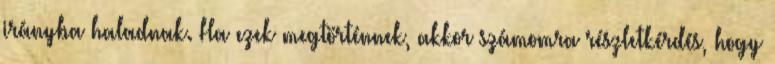
irányba haladnak. Ha ezek megtörténnek, akkor számomra részletkérdés, hogy